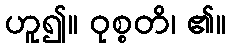
ဟူ၍။ ဝုစ္စတိ၊ ၏။